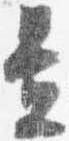
置